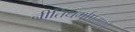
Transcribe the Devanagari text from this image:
नीतिधर्माप्रमाणे